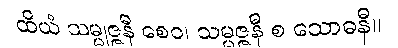
ထိယံ သမ္မုဇ္ဇနီ စေဝ၊ သမ္မဇ္ဇနီ စ သောဓနီ။